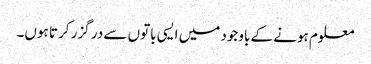
معلوم ہونے کے باوجود میں ایسی باتوں سے در گزر کرتا ہوں۔